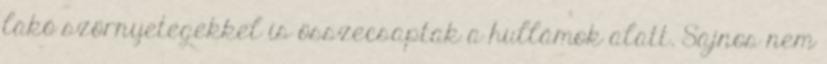
lakó szörnyetegekkel is összecsaptak a hullámok alatt. Sajnos nem